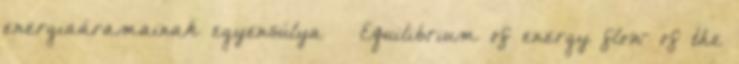
energiaáramainak egyensúlya — Equilibrium of energy flow of the